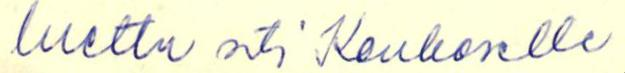
luettu nti Kaukoselle